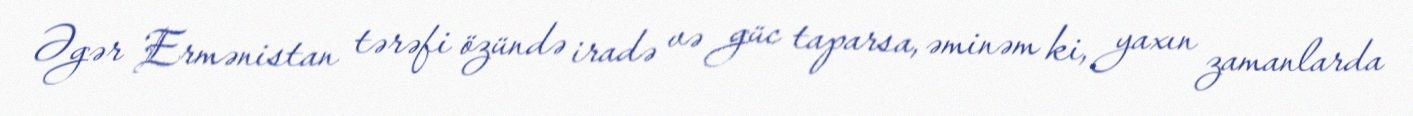
Əgər Ermənistan tərəfi özündə iradə və güc taparsa, əminəm ki, yaxın zamanlarda